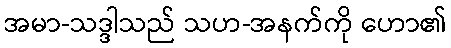
အမာ-သဒ္ဒါသည် သဟ-အနက်ကို ဟော၏